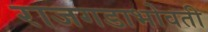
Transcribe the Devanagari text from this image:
राजगडाभोवती